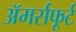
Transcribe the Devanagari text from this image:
अॅमर्सफूर्ट